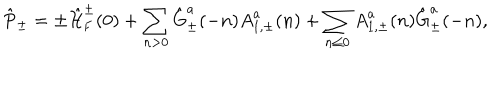
\hat { \mathrm { P } } _ { \pm } = \pm \hat { \cal H } _ { \mathrm { F } } ^ { \pm } ( 0 ) + \sum _ { n > 0 } \hat { \mathrm { G } } _ { \pm } ^ { a } ( - n ) { A } _ { 1 , \pm } ^ { a } ( n ) + \sum _ { n \leq 0 } { A } _ { 1 , \pm } ^ { a } ( n ) \hat { \mathrm { G } } _ { \pm } ^ { a } ( - n ) ,